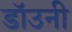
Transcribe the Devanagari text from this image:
डाॅउनी